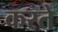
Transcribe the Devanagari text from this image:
करते